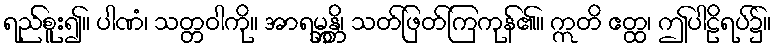
ရည်စူး၍။ ပါဏံ၊ သတ္တဝါကို။ အာရမ္ဘန္တိ၊ သတ်ဖြတ်ကြကုန်၏။ ဣတိ ဧတ္ထ၊ ဤပါဠိရပ်၌။